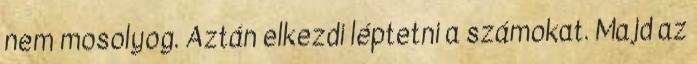
nem mosolyog. Aztán elkezdi léptetni a számokat. Majd az